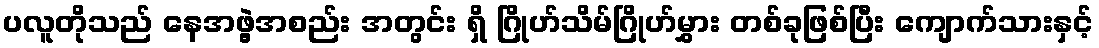
ပလူတိုသည် နေအဖွဲ့အစည်း အတွင်း ရှိ ဂြိုဟ်သိမ်ဂြိုဟ်မွှား တစ်ခုဖြစ်ပြီး ကျောက်သားနှင့်